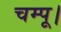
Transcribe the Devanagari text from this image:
चम्पू।